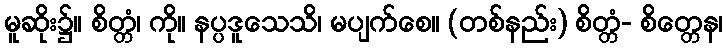
မူဆိုး၌။ စိတ္တံ၊ ကို။ နပ္ပဒူသေသိ၊ မပျက်စေ။ (တစ်နည်း) စိတ္တံ- စိတ္တေန၊